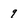
Character: 9